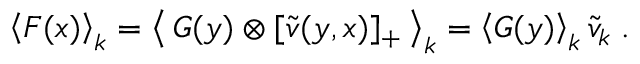
\left< F ( x ) \right> _ { k } = \left< \, G ( y ) \otimes [ \tilde { v } ( y , x ) ] _ { + } \, \right> _ { k } = \left< G ( y ) \right> _ { k } \tilde { v } _ { k } \; .